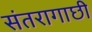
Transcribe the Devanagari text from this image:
संतरागाछी